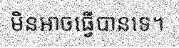
មិនអាចធ្វើបានទេ។